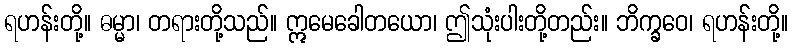
ရဟန်းတို့။ ဓမ္မာ၊ တရားတို့သည်။ ဣမေခေါတယော၊ ဤသုံးပါးတို့တည်း။ ဘိက္ခဝေ၊ ရဟန်းတို့။